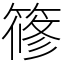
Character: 𥱤